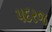
પદરજ